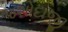
જશોદાજી